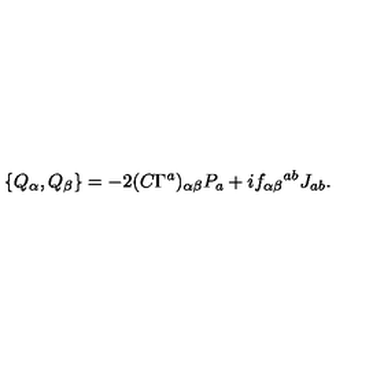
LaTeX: \{ Q _ { \alpha } , Q _ { \beta } \} = - 2 ( C \Gamma ^ { a } ) _ { \alpha \beta } P _ { a } + i f _ { \alpha \beta } { } ^ { a b } J _ { a b } .